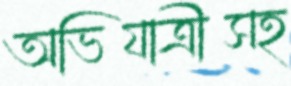
অভিযাত্রীসহ